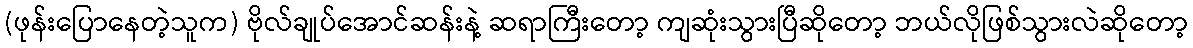
(ဖုန်းပြောနေတဲ့သူက) ဗိုလ်ချုပ်အောင်ဆန်းနဲ့ ဆရာကြီးတော့ ကျဆုံးသွားပြီဆိုတော့ ဘယ်လိုဖြစ်သွားလဲဆိုတော့